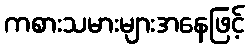
ကစားသမားများအနေဖြင့်